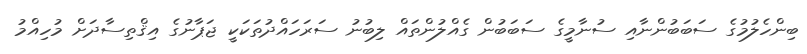
ބިންހެލުމުގެ ސަބަބުންނާއި ސުނާމީގެ ސަބަބުން ގެއްލުންތައް ލިބުނު ސަރަހައްދުތަކަކީ ޖަޕާނުގެ އިޤްތިސާދަށް މުހިއްމު